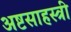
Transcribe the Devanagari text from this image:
अष्टसाहस्त्री